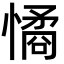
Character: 憰